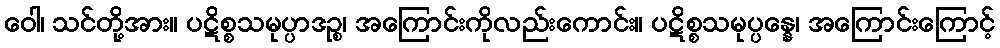
ဝေါ၊ သင်တို့အား။ ပဋိစ္စသမုပ္ပာဒဉ္စ၊ အကြောင်းကိုလည်းကောင်း။ ပဋိစ္စသမုပ္ပန္နေ၊ အကြောင်းကြောင့်